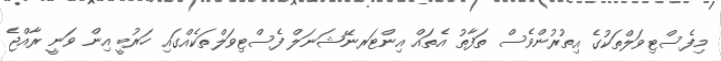
މިފެސްޓިވަލްތަކުގެ އިތުރުންވެސް ތަފާތު އެތައް އިންޓަރނޭޝަނަލް ފެސްޓިވަލްތަކެއްގައި ހަރުބީ އިން ވަނީ ރާއްޖެ